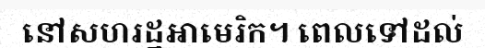
នៅសហរដ្ឋអាមេរិក។ ពេលទៅដល់